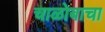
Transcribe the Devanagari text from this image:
चाळोबाचा